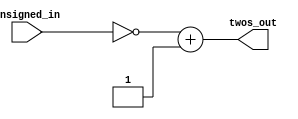
`default_nettype none
module twos_complement(unsigned_in,
                       twos_out);
    
    parameter WIDTH = 8;
    input wire [WIDTH-1:0] unsigned_in;
    
    output wire [WIDTH-1:0] twos_out;
    
    assign twos_out = ~unsigned_in + 1;
    
endmodule
    
    module twos_complement_inv(twos_in, inverse_out);
        
        parameter WIDTH = 8;
        input wire [WIDTH-1:0] twos_in;
        wire [WIDTH-1:0] temporary;
        output wire [WIDTH-1:0] inverse_out;
        
        assign temporary   = twos_in - 1;
        assign inverse_out = twos_in[WIDTH - 1] ? ~temporary : twos_in;
        
        always @*
        if (twos_in == inverse_out) begin
            $display("*** ERROR *** Cannot convert a positive number");
        end
        
    endmodule